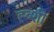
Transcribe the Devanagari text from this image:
ह्ब्शी